Report on vaccination in the Province of Bengal - 1869-1873
Year: 1869
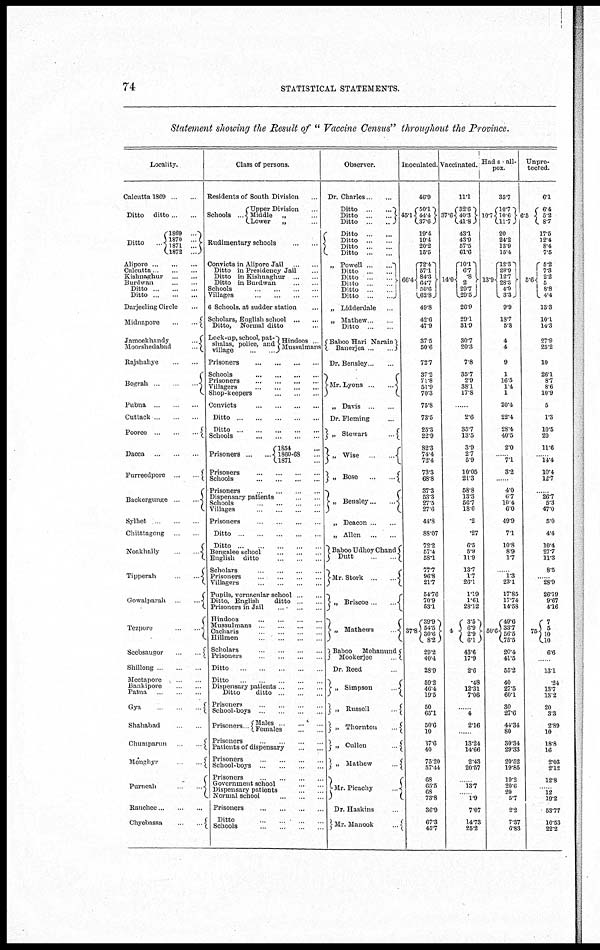
74
STATISTICAL STATEMENTS.
Statement showing the Result of " Vaccine Census" throughout the Province.
Locality.
Calcutta 1869 ... ...
Ditto ditto ... ...
Ditto
1869
...
1870
...
1871...
1872
...
Ahpore ... ... ...
Calcutta
...
...
Kishnaghur
...
...
Burdwan ... ...
Ditto
...
...
...
Ditto
...
...
...
Darjeeling Circle ...
Midnapore
...
...
Jamoekhandy
Moorshedabad
Rajshahye ...
Bograh
...
...
Pubna ... ...
Cuttack ... ...
Pooree ... ... ...
Dacca
...
...
...
Furreedpore
...
Backergunge
...
Sylhet ... ...
Chitttagong ... ...
Noakhally
...
...
Tipperah
...
Gowalparah ...
Tezpore
Seebsaugor
...
Shillong ... ... ...
Meetapore ... ...
Bankipore ... ...
Patna ... ...
Gya
...
Shahabad
Chumparun
...
Monghyr ...
Purneah
...
Ranchee ... ... ...
Chyebassa ... ...
Class of persons.
Residents of South Division ...
Schools ...
Upper Division ...
Middle „ ...
Lower
„ ...
Rudimentary schools ... ...
Convicts in Alipore Jail ... ...
Ditto in Presidency Jail
Ditto in Kishnaghur ...
Ditto in Burdwan ...
Schools ... ... ... ...
Villages
...
...
...
6 Schools at sudder station ...
Scholars, English school
...
...
Ditto, Normal ditto ...
Lock-up school, pat¬
shalas, police and
village ... ...
Hindoos .
Mussulmans
Prisoners
...
...
...
...
Schools
...
...
...
...
Prisoners
...
...
...
...
Villagers ... ... ... ...
Shop-keepers ... ... ...
Convicts
...
...
...
...
Ditto
...
...
...
...
...
Ditto
...
...
...
...
...
Schools
...
...
...
...
Prisoners
...
...
1854 ...
1860-68
1871 ...
Prisoners
...
...
...
...
Schools
...
...
...
...
Prisoners
...
...
...
...
Dispensary patients ... ...
Schools
...
...
...
...
Villages
...
...
...
...
Prisoners
...
...
...
...
Ditto
...
...
...
...
Ditto
...
...
...
...
Bengalee school ... ...
English ditto ... ...
Scholars ... ... ... ...
Prisoners ... ... ... ...
Villagers ... ... ... ...
Pupils, vernacular school
Ditto, English
ditto
Prisoners in Jail ... ...
Hindoos ... ... ... ...
Mussulmans ... ... ...
Cacharis ... ... ... ...
Hillmen ... ... ... ...
Scholars ... ... ... ...
Prisoners ... ... ... ...
Ditto
...
...
...
Ditto ... ... ...
Dispensary patients ... ...
Ditto
ditto .. ... ...
Prisoners ... ... ... ...
School-boys ... ... ... ...
Prisoners
Males ... ... ...
Females ... ... ...
Prisoners
...
...
...
...
Patients of dispensary ... ...
Prisoners ... ... ... ...
School-boys
...
...
Prisoners
...
...
...
...
Government school ... ...
Dispensary patients ... ...
Normal school ... ... ...
Prisoners ... ... ... ...
Ditto
Schools ... ... ... ...
Observer.
Dr. Charles . ...
Ditto
...
...
Ditto
...
...
Ditto
...
...
Ditto
...
...
Ditto ... ...
Ditto
...
...
Ditto
...
...
„ Powell
...
...
Ditto
...
...
Ditto
...
Ditto
...
Ditto ...
Ditto
...
„ Lidderdale ...
„ Mathew
Ditto ...
Baboo Hari Narain
Banerjea .
Dr. Bensley . ...
Mr. Lyons .
...
„ Davis ...
Dr. Fleming ...
„ Stewart
...
„ Wise
...
...
„ Bose
...
...
„ Bensley ...
„ Deacon ...
„ Allen ... ...
Baboo Udhoy Chand
Dutt
Mr. Stork
...
...
„ Briscoe
...
„ Mathews
Baboo Mohanund
Mookerjee
Dr. Reed
„ Simpson
„ Russell
„ Thornton
„ Cullen
„ Mathew
...
Mr. Picachy
Dr. Hoskins ...
Mr. Manook
.
Inoculated.
46.9
45.1
50.1
44.4
37.6
19.4
19.4
20.2
15.5
66.4
72.4
57.1
84.3
64.7
58.6
62.8
49.8
42.6
47.9
37.5
50.6
72.7
37. 2
71.8
51.9
70.3
75.8
73.5
25.3
22.9
82.3
74.4
72.4
73.3
68.8
37.3
53.3
27.5
27.6
44.8
88.07
72.2
57.4
58.1
77.7
96.8
21.7
54.76
70.9
53.1
37.8
39.9
54.5
30.6 8.2
29.2
40.4
28.9
59.2
46.4
19.5
50
65.1
50.6
10
37.6
40
75.20
57.44
68
65.5
68
73.8
36.9
67.3
45.7
Vaccinated.
11.1
37.6
32.6
40.3
41.8
43.1
43.9
57.5
61.6
14.0
10.1
6. 7
.8
2
29.7
29.5
26.9
29.1
31.9
30.7
20.3
7.8
35.7
2.9
38.1
17.8
...
2.6
35.7
13.5
3.9
2.7
5.9
10.05
21.3
58.8
13.3
56.7
18.6
.2
.27
6.5
5.9
11.9
13.7
1.7
26.1
1.19
1.61
28.12
4
3.5
6.9
2.9
6.1
43.6
17.9
2.6
.48
12.31
7.06
...
4
2.16
......
13.24
14.66
2.43
20.57
...
13.7
...
1.9
7.07
14.73
25.2
Had small¬
pox.
35.7
10.7
10.7
10.6
11.7
20
24.2
13.9
15.4
13.9
12.3
28.9
12.7
28.3
4.9
3.3
9.9
18.7
5.8
4
4
9
1
16.5
1.4
1
20.4
22.4
28.4
40.5
2.0
...
7.1
3.2
......
4.0
6.7
10.4
6.0
49.9
7.1
10.8
8.9
1.7
...
1.3
23.1
17.85
17.74
14.58
50.6
49.6
33.7
56.5
75.5
20.4
41.5
55.2
40
27.5
60.1
30
27.6
44.34
80
30.34
29.33
20.52
19.85
19.2
20.6
20
5.7
2.2
7.37
6.83
Unpro-
tected.
6.1
6.5
6.4
5.2
8.7
17.5
12.4
8.4
7.5
5.6
5.2
7.3
2.2
5
8.8
4.4
13.3
10.1
14.3
27.9
25.2
10
26.1
8.7
8.6
10.9
5
1.3
10.5
20
11.6
...
14.4
10.4
12.7
...
26.7
5.3
47.0
5.0
4.4
10.4
27.7
11.3
8.5
...
28.9
26.19
9.67
4.16
75
7
5
10
10
6.6
...
13.1
.24
13.7
13.2
20
3.3
2.89
10
18.8
16
2.03
2.12
12.8
...
12
19.2
53.77
10.53
22.2